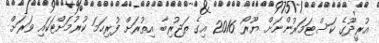
އުރީދޫގެ ކަސްޓަމަރުންނަށް ޔޫރޯ 2016 އިގެ ތަޖުރިބާ އިތުރަށް ފުރިހަމަ ކުރުމަށްޓަކައި ވަރަށް